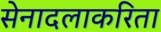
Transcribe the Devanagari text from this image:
सेनादलाकरिता